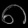
Digit: ၈